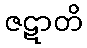
ဇဋာတိ